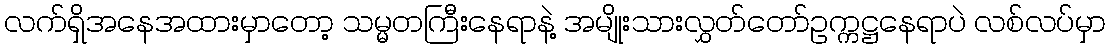
လက်ရှိအနေအထားမှာတော့ သမ္မတကြီးနေရာနဲ့ အမျိုးသားလွှတ်တော်ဥက္ကဋ္ဌနေရာပဲ လစ်လပ်မှာ